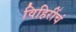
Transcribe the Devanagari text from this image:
विहिरींचं